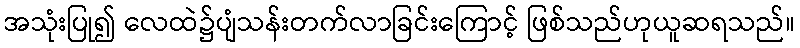
အသုံးပြု၍ လေထဲ၌ပျံသန်းတက်လာခြင်းကြောင့် ဖြစ်သည်ဟုယူဆရသည်။